Lunatic asylums Central Provinces reports 1910-1926 - 1910-1926
Year: 1910
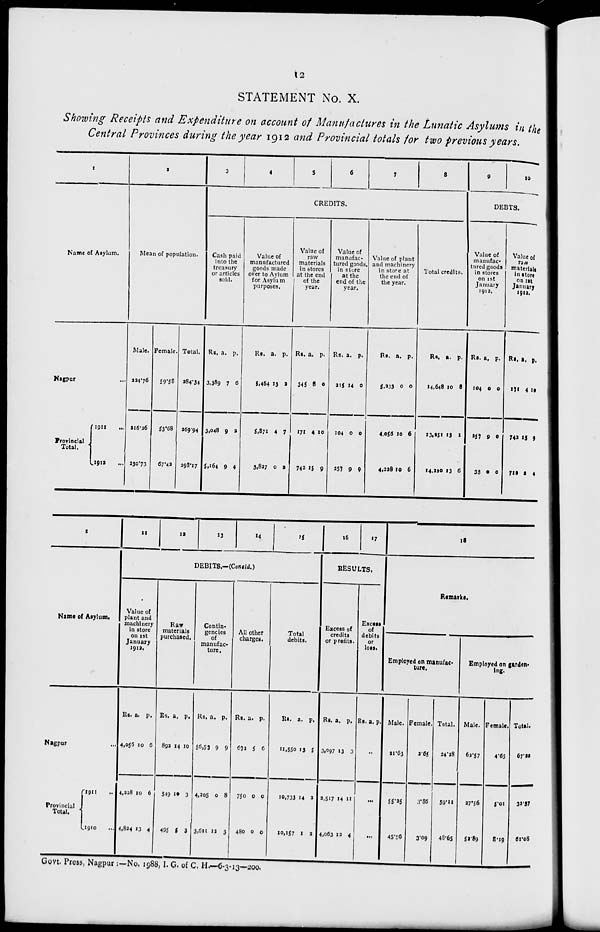
12
STATEMENT No. X.
Showing Receipts and Expenditure on account of Manufactures in the Lunatic Asylums in the
Central Provinces during the year 1912 and Provincial totals for two previous years.
1
Name of Asylum.
Nagpur ...
Provincial
Total.
1911
...
1912 ...
2
Mean of population.
Male.
224.76
216.26
230.73
Female.
59.58
53.68
67.42
Total.
284.34
269.94
298.17
3
4
5
6
7
8
CREDITS.
Cash paid
into the
treasury
or articles
sold.
Rs.
3,389
3,048
5,164
a.
7
9
9
p.
6
2
4
Value of
manufactured
goods made
over to Asylum
for Asylum
purposes.
Rs.
5,464
5,871
3,827
a.
13
4
0
p.
2
7
2
Value of
raw
materials
in stores
at the end
of the
year.
Rs.
345
171
742
a.
8
4
15
p.
0
10
9
Value of
manufac-
tured goods,
in store
at the
end of the
year.
Rs.
215
104
257
a.
14
0
9
p.
0
0
9
Value of plant
and machinery
in store at
the end of
the year.
Rs.
5,233
4,056
4,228
a.
0
10
10
p.
0
6
6
Total credits.
Rs.
14,648
13,251
14,220
a.
10
13
13
p.
8
1
6
9
10
DEBTS.
Value of
manufac-
tured goods
in stores
on 1st
January
1912.
Rs.
104
257
35
a.
0
9
0
p.
0
0
0
Value of
raw
materials
in store
on 1st
January
1912.
Rs.
171
742
712
a.
4
15
2
p.
10
9
4
1
Name of Asylum.
Nagpur ...
Provincial
Total.
1911 ...
1910 ...
11
12
13
14
15
DEBITS.—(Concld.)
Value of
plant and
machinery
in store
on 1st
January
1912.
Rs.
4,056
4,228
4,834
a.
10
10
13
p.
6
6
4
Raw
materials
purchased.
Rs.
892
549
495
a.
14
10
5
p.
10
3
3
Contin-
gencies
of
manufac-
ture.
Rs.
56,53
4,205
3,611
a.
9
0
12
p.
9
8
3
All other
charges.
Rs.
672
750
480
a.
5
0
0
p.
6
0
0
Total
debits.
Rs.
11,550
10,733
10,157
a.
13
14
1
p.
5
2
2
16
17
RESULTS.
Excess of
credits
or profits.
Rs.
3,097
2,517
4,063
a.
13
14
13
p.
3
11
4
Excess
of
debits
or
loss.
Rs. a. p.
...
...
...
18
Remarks.
Employed on manufac-
ture.
Male.
21.63
55.25
45.56
Female.
2.65
3.86
3.09
Total.
24.28
59.11
48.65
Employed on garden-
ing.
Male.
62.57
27.56
52.89
Female.
4.65
5.01
8.19
Total.
67.22
32.57
61.08
Govt. Press, Nagpur :—No. 1988, I. G. of C. H.—6-3-13—200.